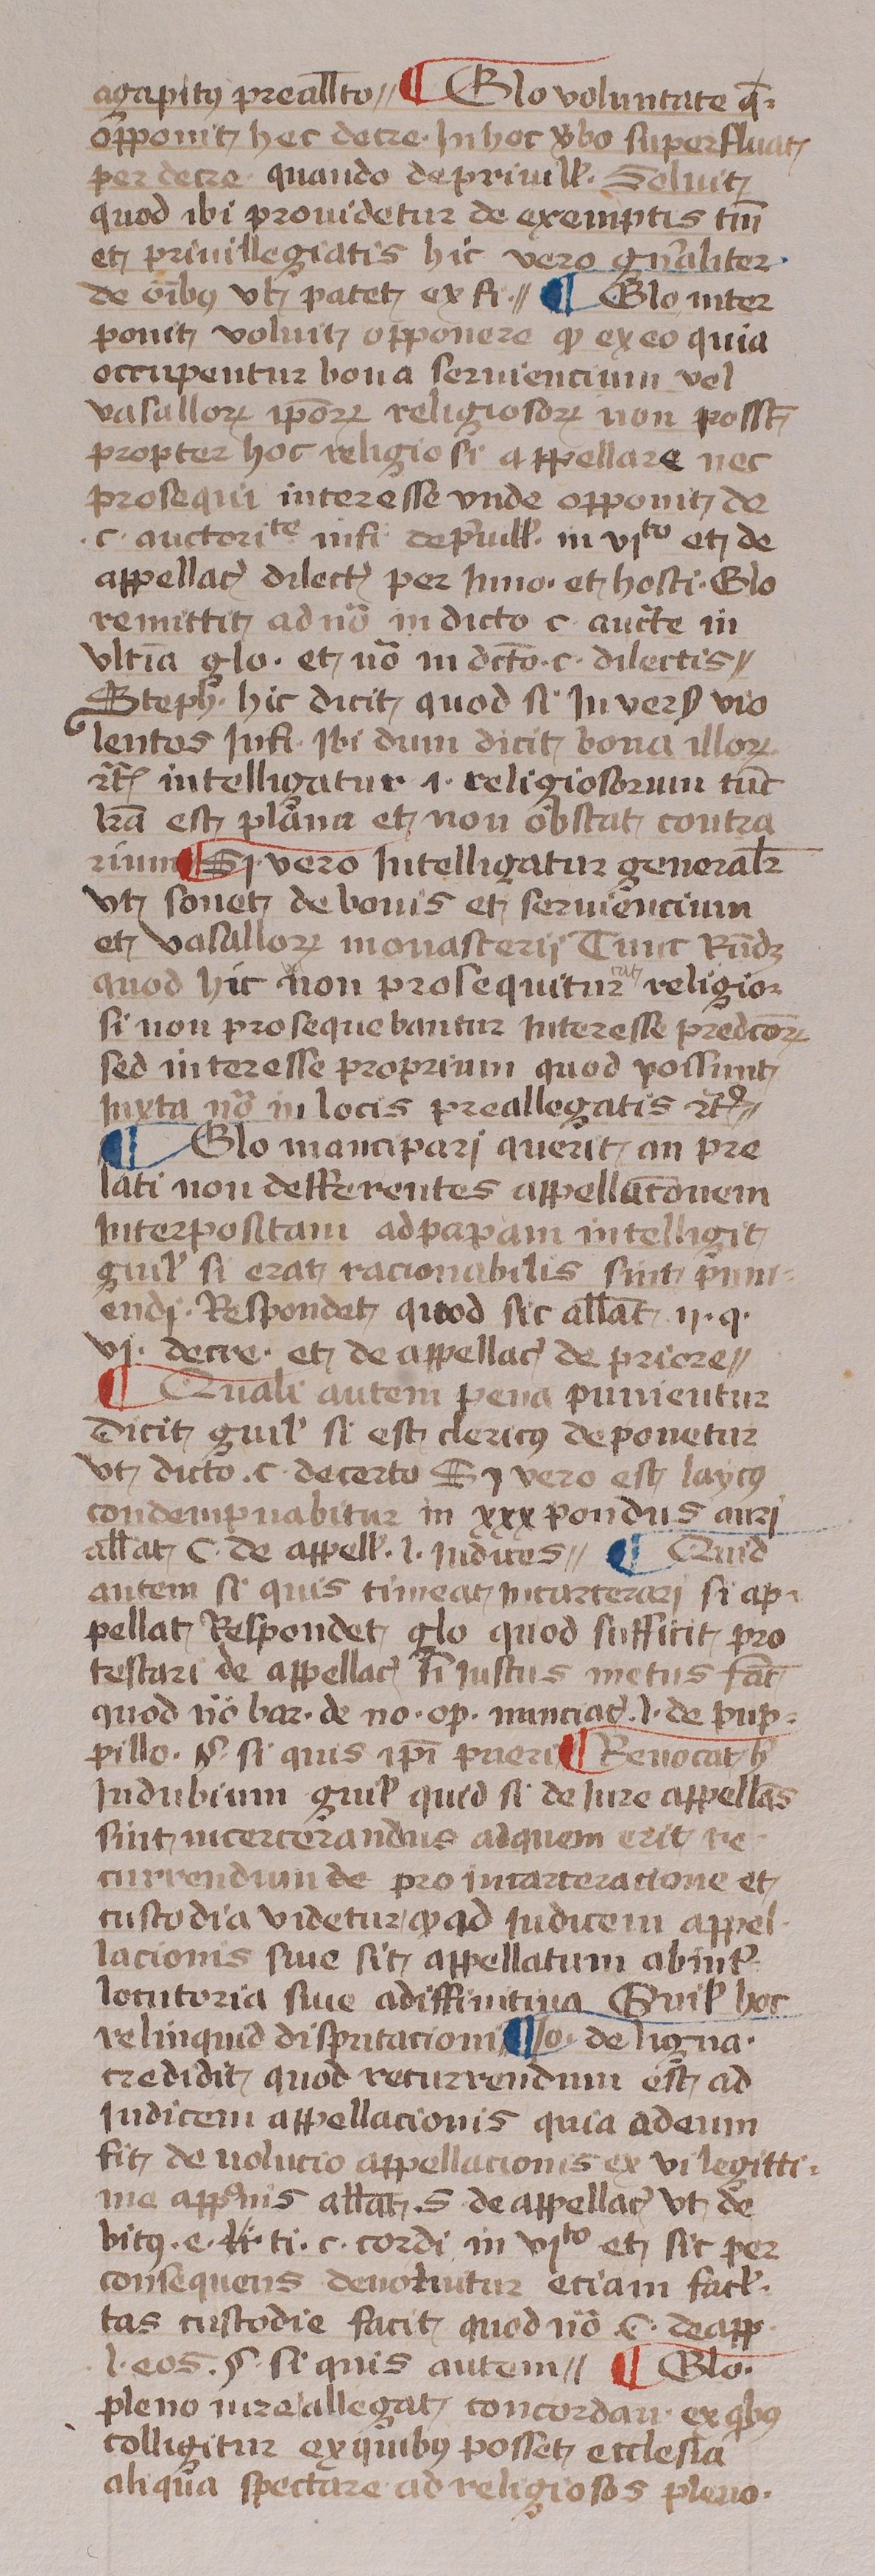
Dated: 1433–1465